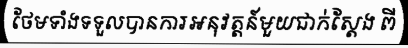
ថែមទាំងទទួលបានការអនុវត្តន៍មួយជាក់ស្តែង ពី